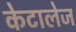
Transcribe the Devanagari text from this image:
केटालेज